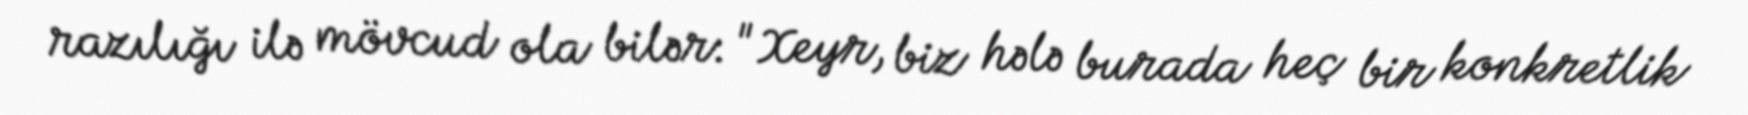
razılığı ilə mövcud ola bilər: "Xeyr, biz hələ burada heç bir konkretlik